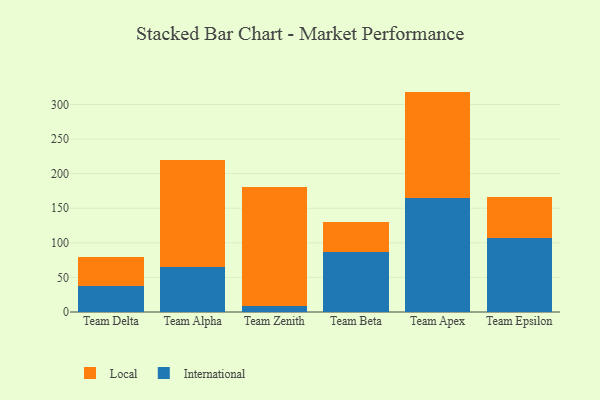
{"axis": {"x": "Team", "y": "Budget (USD K)"}, "legend": ["International", "Local"], "data": [{"x": "Team Delta", "y": 37.6, "type": "International"}, {"x": "Team Delta", "y": 41.4, "type": "Local"}, {"x": "Team Alpha", "y": 65.4, "type": "International"}, {"x": "Team Alpha", "y": 154.0, "type": "Local"}, {"x": "Team Zenith", "y": 9.1, "type": "International"}, {"x": "Team Zenith", "y": 171.3, "type": "Local"}, {"x": "Team Beta", "y": 86.6, "type": "International"}, {"x": "Team Beta", "y": 43.0, "type": "Local"}, {"x": "Team Apex", "y": 165.0, "type": "International"}, {"x": "Team Apex", "y": 153.6, "type": "Local"}, {"x": "Team Epsilon", "y": 107.4, "type": "International"}, {"x": "Team Epsilon", "y": 59.4, "type": "Local"}]}